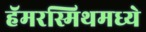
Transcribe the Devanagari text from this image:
हॅमरस्मिथमध्ये